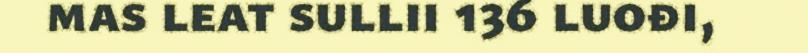
mas leat sullii 136 luođi,